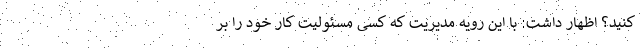
کنید؟ اظهار داشت: با این رویه مدیریت که کسی مسئولیت کار خود را بر